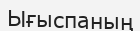
Ығыспаның